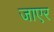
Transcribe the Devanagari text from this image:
जाएर